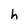
Character: h